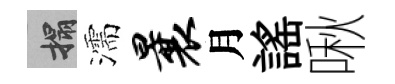
搨濡曩月謡啾